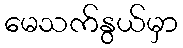
မေသက်နွယ်မှာ